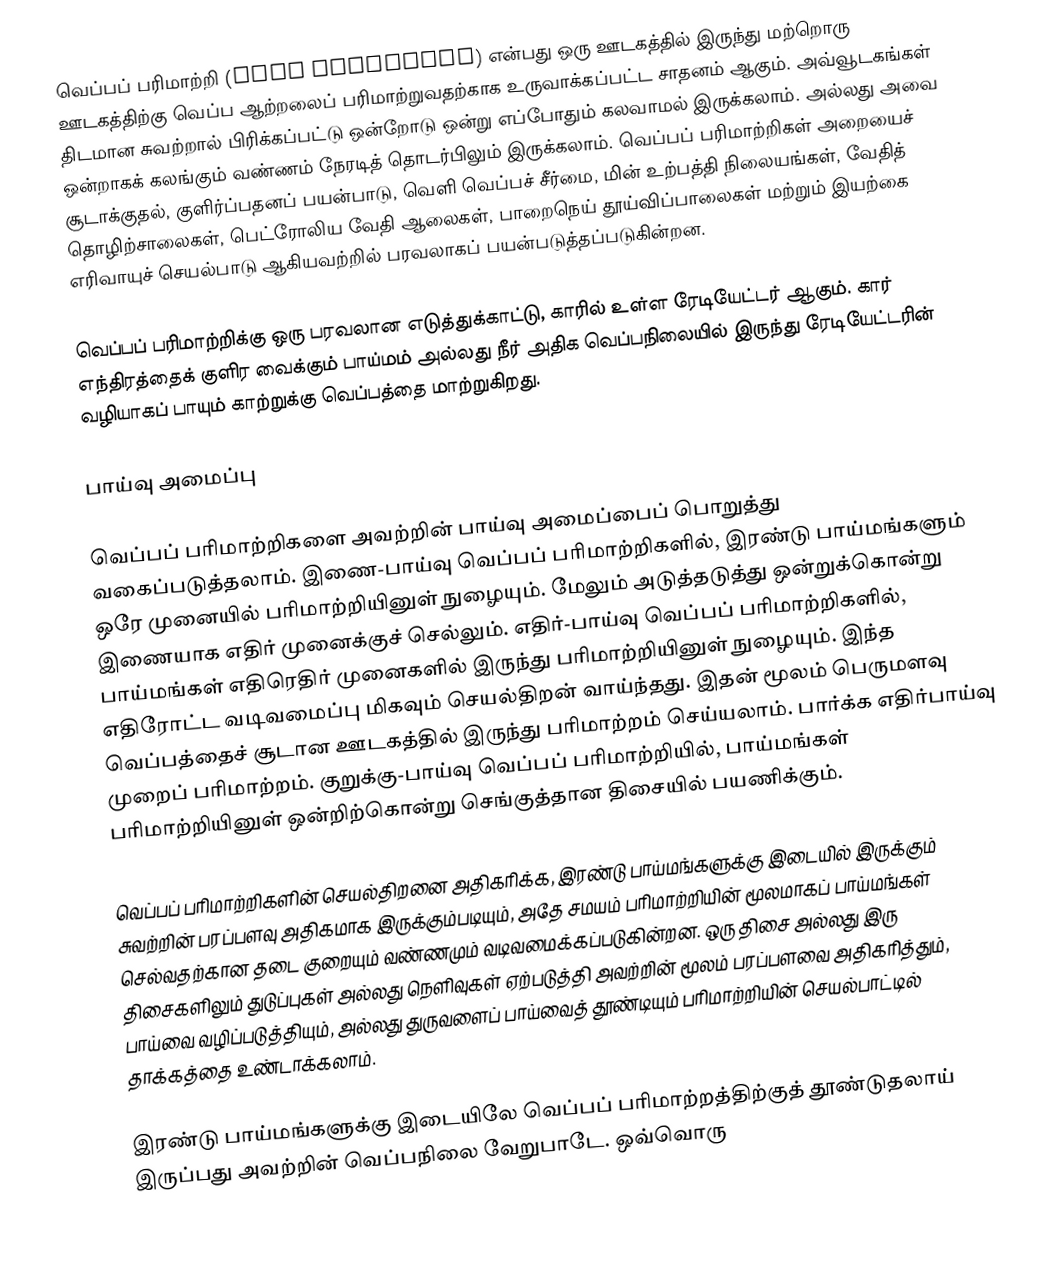
வெப்பப் பரிமாற்றி (heat exchanger) என்பது ஒரு ஊடகத்தில் இருந்து மற்றொரு ஊடகத்திற்கு வெப்ப ஆற்றலைப் பரிமாற்றுவதற்காக உருவாக்கப்பட்ட சாதனம் ஆகும். அவ்வூடகங்கள் திடமான சுவற்றால் பிரிக்கப்பட்டு ஒன்றோடு ஒன்று எப்போதும் கலவாமல் இருக்கலாம். அல்லது அவை ஒன்றாகக் கலங்கும் வண்ணம் நேரடித் தொடர்பிலும் இருக்கலாம். வெப்பப் பரிமாற்றிகள் அறையைச் சூடாக்குதல், குளிர்ப்பதனப் பயன்பாடு, வெளி வெப்பச் சீர்மை, மின் உற்பத்தி நிலையங்கள், வேதித் தொழிற்சாலைகள், பெட்ரோலிய வேதி ஆலைகள், பாறைநெய் தூய்விப்பாலைகள் மற்றும் இயற்கை எரிவாயுச் செயல்பாடு ஆகியவற்றில் பரவலாகப் பயன்படுத்தப்படுகின்றன.

வெப்பப் பரிமாற்றிக்கு ஒரு பரவலான எடுத்துக்காட்டு, காரில் உள்ள ரேடியேட்டர் ஆகும். கார் எந்திரத்தைக் குளிர வைக்கும் பாய்மம் அல்லது நீர் அதிக வெப்பநிலையில் இருந்து ரேடியேட்டரின் வழியாகப் பாயும் காற்றுக்கு வெப்பத்தை மாற்றுகிறது.

பாய்வு அமைப்பு

வெப்பப் பரிமாற்றிகளை அவற்றின் பாய்வு அமைப்பைப் பொறுத்து வகைப்படுத்தலாம். இணை-பாய்வு வெப்பப் பரிமாற்றிகளில், இரண்டு பாய்மங்களும் ஒரே முனையில் பரிமாற்றியினுள் நுழையும். மேலும் அடுத்தடுத்து ஒன்றுக்கொன்று இணையாக எதிர் முனைக்குச் செல்லும். எதிர்-பாய்வு வெப்பப் பரிமாற்றிகளில், பாய்மங்கள் எதிரெதிர் முனைகளில் இருந்து பரிமாற்றியினுள் நுழையும். இந்த எதிரோட்ட வடிவமைப்பு மிகவும் செயல்திறன் வாய்ந்தது. இதன் மூலம் பெருமளவு வெப்பத்தைச் சூடான ஊடகத்தில் இருந்து பரிமாற்றம் செய்யலாம். பார்க்க எதிர்பாய்வு முறைப் பரிமாற்றம். குறுக்கு-பாய்வு வெப்பப் பரிமாற்றியில், பாய்மங்கள் பரிமாற்றியினுள் ஒன்றிற்கொன்று செங்குத்தான திசையில் பயணிக்கும்.

வெப்பப் பரிமாற்றிகளின் செயல்திறனை அதிகரிக்க, இரண்டு பாய்மங்களுக்கு இடையில் இருக்கும் சுவற்றின் பரப்பளவு அதிகமாக இருக்கும்படியும், அதே சமயம் பரிமாற்றியின் மூலமாகப் பாய்மங்கள் செல்வதற்கான தடை குறையும் வண்ணமும் வடிவமைக்கப்படுகின்றன. ஒரு திசை அல்லது இரு திசைகளிலும் துடுப்புகள் அல்லது நெளிவுகள் ஏற்படுத்தி அவற்றின் மூலம் பரப்பளவை அதிகரித்தும், பாய்வை வழிப்படுத்தியும், அல்லது துருவளைப் பாய்வைத் தூண்டியும் பரிமாற்றியின் செயல்பாட்டில் தாக்கத்தை உண்டாக்கலாம்.

இரண்டு பாய்மங்களுக்கு இடையிலே வெப்பப் பரிமாற்றத்திற்குத் தூண்டுதலாய் இருப்பது அவற்றின் வெப்பநிலை வேறுபாடே. ஒவ்வொரு